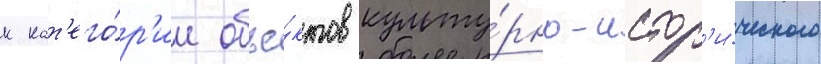
к кат'его́р'ии объе́ктов культу́рно-истор'и́ческого